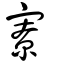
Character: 寮